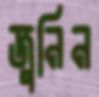
জুনিন